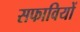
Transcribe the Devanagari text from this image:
सफावियों